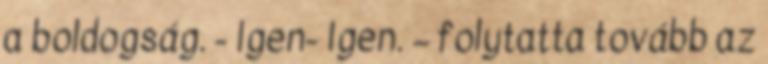
a boldogság. - Igen- Igen. – folytatta tovább az